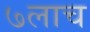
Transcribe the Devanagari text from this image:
७लाच